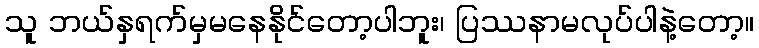
သူ ဘယ်နှရက်မှမနေနိုင်တော့ပါဘူး၊ ပြဿနာမလုပ်ပါနဲ့တော့။